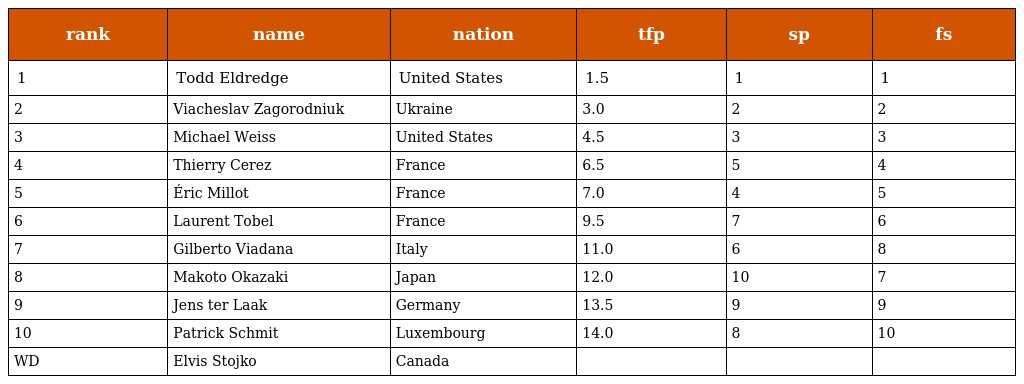
| rank | name | nation | tfp | sp | fs |
 | --- | --- | --- | --- | --- | --- |
 | 1 | Todd Eldredge | United States | 1.5 | 1 | 1 |
 | 2 | Viacheslav Zagorodniuk | Ukraine | 3.0 | 2 | 2 |
 | 3 | Michael Weiss | United States | 4.5 | 3 | 3 |
 | 4 | Thierry Cerez | France | 6.5 | 5 | 4 |
 | 5 | Éric Millot | France | 7.0 | 4 | 5 |
 | 6 | Laurent Tobel | France | 9.5 | 7 | 6 |
 | 7 | Gilberto Viadana | Italy | 11.0 | 6 | 8 |
 | 8 | Makoto Okazaki | Japan | 12.0 | 10 | 7 |
 | 9 | Jens ter Laak | Germany | 13.5 | 9 | 9 |
 | 10 | Patrick Schmit | Luxembourg | 14.0 | 8 | 10 |
 | WD | Elvis Stojko | Canada |  |  |  |